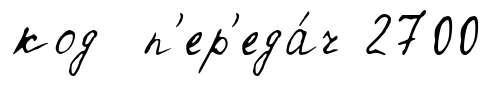
код п'ер'еда́ч 2700